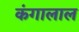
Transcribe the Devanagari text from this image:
कंगालाल